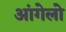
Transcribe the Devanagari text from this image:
आंगेलो